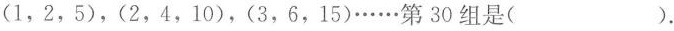
(1，2，5)，(2，4，10)，(3，6，15)……第30组是( )